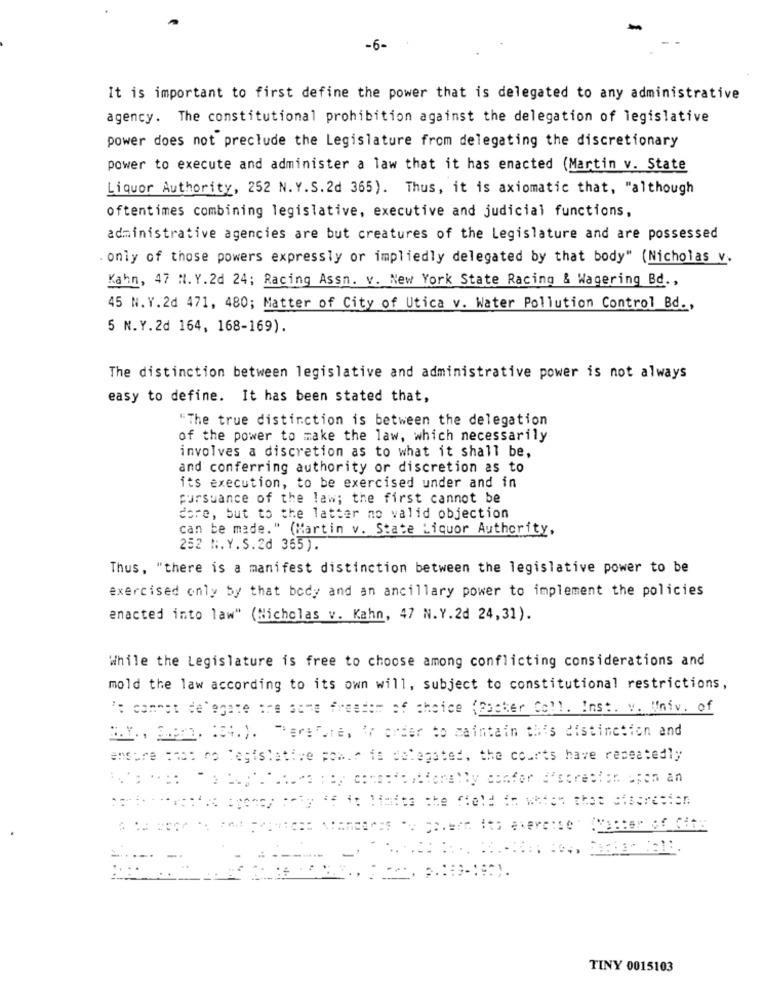
-6-
It is important to first define the power that is delegated to any administrative
agency. The constitutional prohibition against the delegation of legislative
power does not preclude the Legislature from delegating the discretionary
power to execute and administer a law that it has enacted (Martin v. State
Liquor Authority, 252 N.Y.S.2d 365). Thus, it is axiomatic that, "although
oftentimes combining legislative, executive and judicial functions,
administrative agencies are but creatures of the Legislature and are possessed
. only of those powers expressly or impliedly delegated by that body" (Nicholas v.
Kahn, 47 M. Y.2d 24; Racing Assn. v. New York State Racing & Wagering Bd. ,
45 N.Y.2d 471, 480; Matter of City of Utica v. Water Pollution Control Bd .,
5 N.Y.2d 164, 168-169).
The distinction between legislative and administrative power is not always
easy to define. It has been stated that,
"The true distinction is between the delegation
of the power to make the law, which necessarily
involves a discretion as to what it shall be,
and conferring authority or discretion as to
its execution, to be exercised under and in
pursuance of the law; the first cannot be
dore, but to the latter no valid objection
can be made." (Martin v. State Liquor Authority,
252 N.Y.S.2d 365).
Thus, "there is a manifest distinction between the legislative power to be
exercised only by that body and an ancillary power to implement the policies
enacted into law" (Nicholas v. Kahn, 47 N.Y.2d 24,31).
While the Legislature is free to choose among conflicting considerations and
mold the law according to its own will, subject to constitutional restrictions,
's commet delegate are some freedom of choice (Packer Coll. Inst. v. Univ. of
3.Y. 3.8m. 104.). Therefore, In order to maintain this distinction and
ensure that no legislative power is delegated, the courts have repeatedly
----- -
TINY 0015103